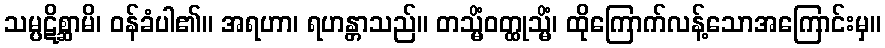
သမ္ပဋိစ္ဆာမိ၊ ဝန်ခံပါ၏။ အရဟာ၊ ရဟန္တာသည်။ တသ္မိံဝတ္ထုသ္မိံ၊ ထိုကြောက်လန့်သောအကြောင်းမှ။